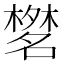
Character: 𣜞